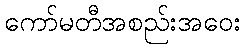
ကော်မတီအစည်းအဝေး